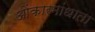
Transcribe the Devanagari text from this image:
ओंकारमांधाता